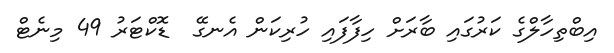
އިބްތިހާލްގެ ކަރުގައި ބާރަށް ހިފާފައި ހުރިކަން އެނގޭ  ޑޮކްޓަރު 49 މިނެޓް